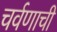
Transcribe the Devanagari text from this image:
चर्वणाची